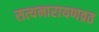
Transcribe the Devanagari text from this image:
सत्यनारायणव्रत